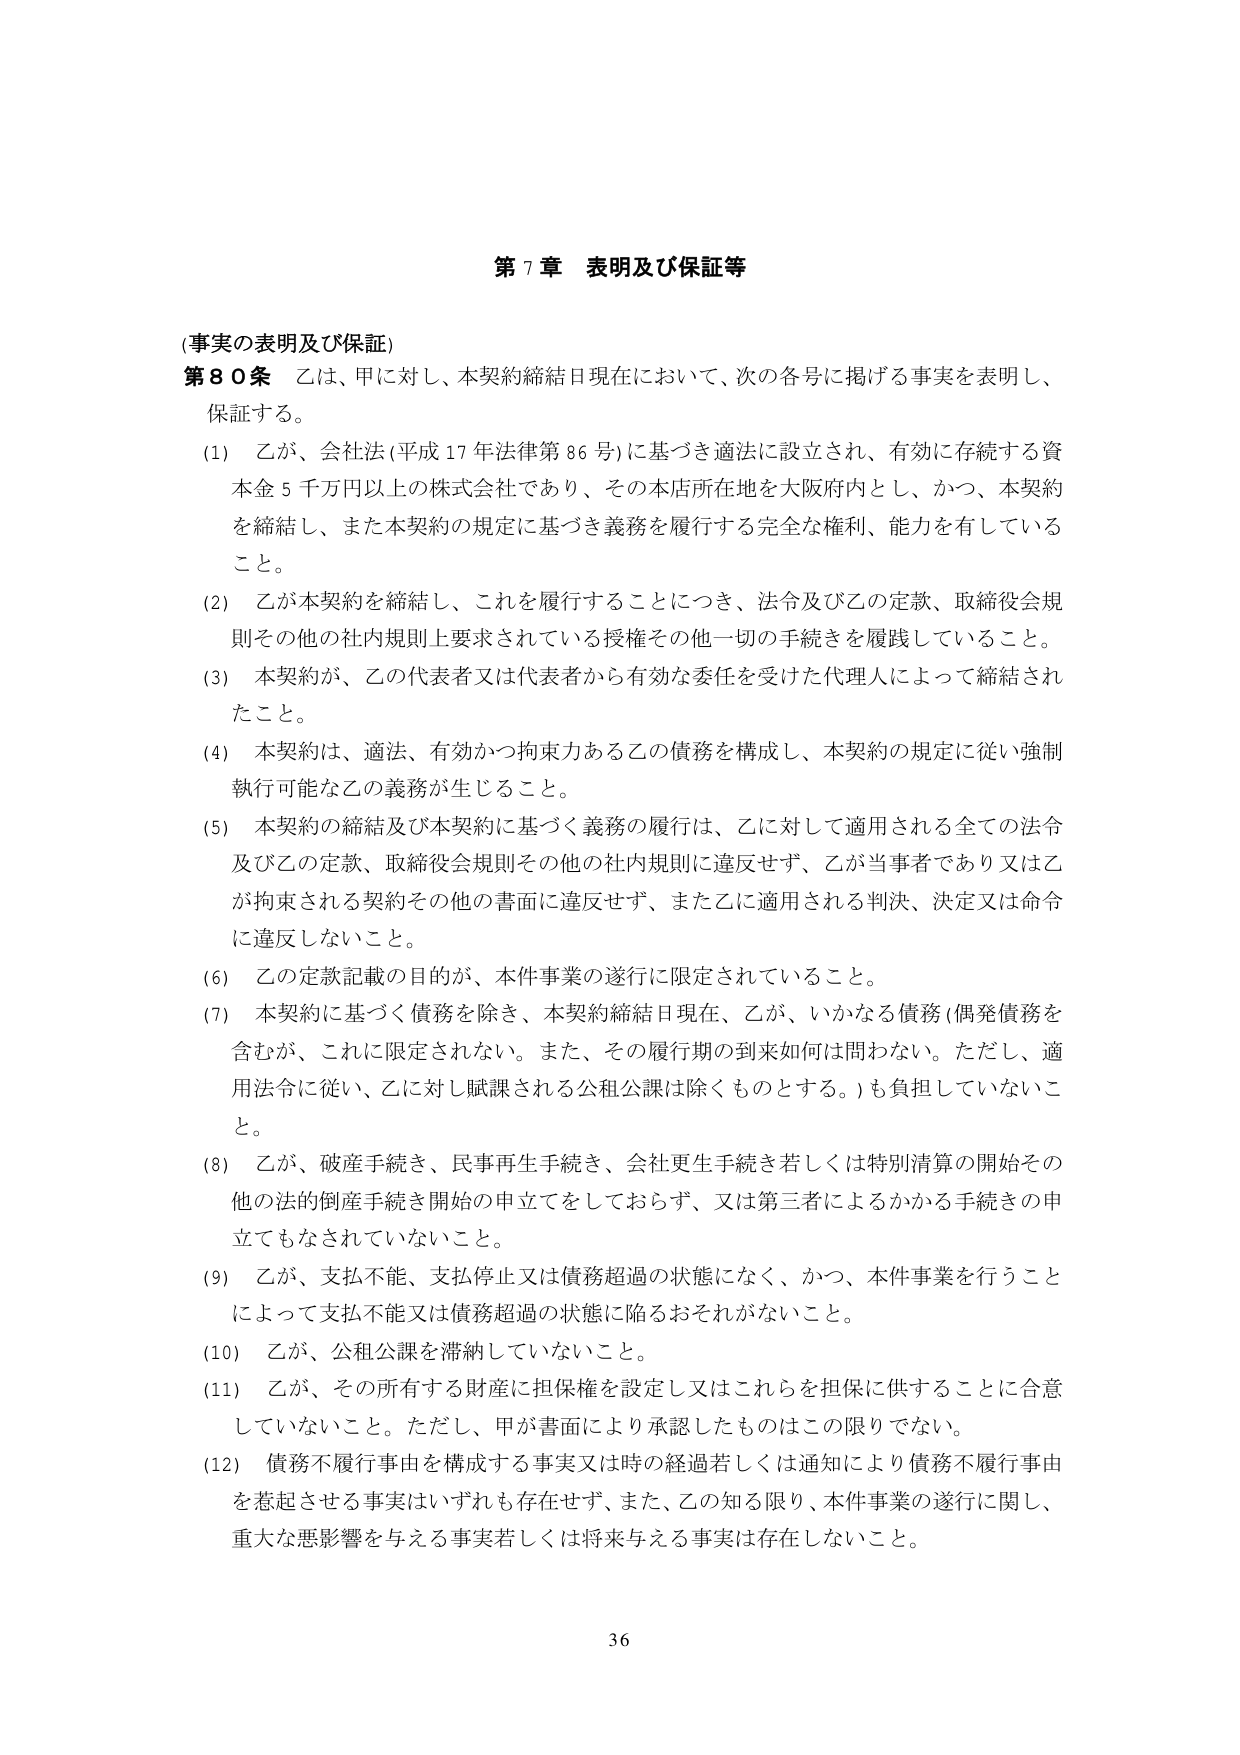
第７章 表明及び保証等

(事実の表明及び保証)
第８０条 乙は、甲に対し、本契約締結日現在において、次の各号に掲げる事実を表明し、
保証する。

(1) 乙が、会社法（平成17年法律第86号）に基づき適法に設立され、有効に存続する資
本金5千万円以上の株式会社であり、その本店所在地を大阪府内とし、かつ、本契約
を締結し、また本契約の規定に基づき義務を履行する完全な権利、能力を有している
こと。

(2) 乙が本契約を締結し、これを履行することにつき、法令及び乙の定款、取締役会規
則その他の社内規則上要求されている授権その他一切の手続を履践していること。

(3) 本契約が、乙の代表者又は代表者から有効な委任を受けた代理人によって締結され
たこと。

(4) 本契約は、適法、有効かつ拘束力ある乙の債務を構成し、本契約の規定に従い強制
執行可能な乙の義務が生じること。

(5) 本契約の締結及び本契約に基づく義務の履行は、乙に対して適用される全ての法令
及び乙の定款、取締役会規則その他の社内規則に違反せず、乙が当事者であり又は乙
が拘束される契約その他の書面に違反せず、また乙に適用される判決、決定又は命令
に違反しないこと。

(6) 乙の定款記載の目的が、本件事業の遂行に限定されていること。

(7) 本契約に基づく債務を除き、本契約締結日現在、乙が、いかなる債務（偶発債務を
含むが、これに限定されない。また、その履行期の到来如何は問わない。ただし、適
用法令に従い、乙に対し賦課される公租公課は除くものとする。）も負担していないこ
と。

(8) 乙が、破産手続き、民事再生手続き、会社更生手続き若しくは特別清算の開始その
他の法的倒産手続き開始の申立てをしておらず、又は第三者によるかかる手続きの申
立てもなされていないこと。

(9) 乙が、支払不能、支払停止又は債務超過の状態になく、かつ、本件事業を行うこと
によって支払不能又は債務超過の状態に陥るおそれがないこと。

(10) 乙が、公租公課を滞納していないこと。

(11) 乙が、その所有する財産に担保権を設定し又はこれらを担保に供することに合意
していないこと。ただし、甲が書面により承認したものはこの限りでない。

(12) 債務不履行事由を構成する事実又は時の経過若しくは通知により債務不履行事由
を惹起させる事実はいずれも存在せず、また、乙の知る限り、本件事業の遂行に関し、
重大な悪影響を与える事実若しくは将来与える事実は存在しないこと。

36